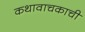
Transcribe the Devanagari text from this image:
कथावाचकाची